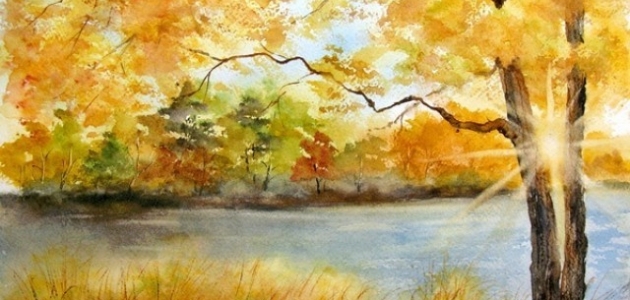
未觉池塘春草梦，阶前梧叶已秋声。